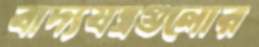
বাদ্যযন্ত্রগুলোর